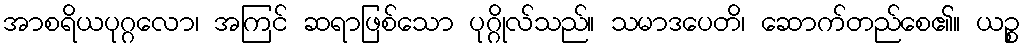
အာစရိယပုဂ္ဂလော၊ အကြင် ဆရာဖြစ်သော ပုဂ္ဂိုလ်သည်။ သမာဒပေတိ၊ ဆောက်တည်စေ၏။ ယဉ္စ